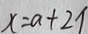
x = a + 2 J